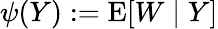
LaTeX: \psi(Y):=\operatorname{E}[W\mid Y]